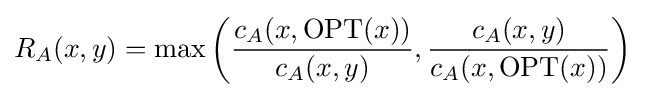
R_{A}(x,y)=\max \left({\frac {c_{A}(x,{\text{OPT}}(x))}{c_{A}(x,y)}},{\frac {c_{A}(x,y)}{c_{A}(x,{\text{OPT}}(x))}}\right)